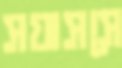
সয়াসসে